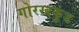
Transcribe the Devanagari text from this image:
गोरखकुंड